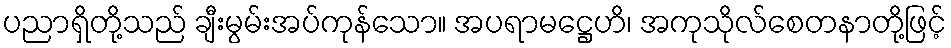
ပညာရှိတို့သည် ချီးမွမ်းအပ်ကုန်သော။ အပရာမဋ္ဌေဟိ၊ အကုသိုလ်စေတနာတို့ဖြင့်